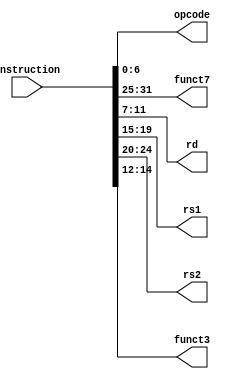
module Instruction_Parser(
    input [31:0] instruction,
    output [6:0] opcode, funct7,
    output [4:0] rd , rs1 , rs2,
    output [2:0] funct3 

);

assign opcode = instruction[6:0];
assign rd = instruction[11:7];
assign funct3 = instruction[14:12];
assign rs1 = instruction[19:15];
assign rs2 = instruction[24:20];
assign funct7 = instruction[31:25];

endmodule